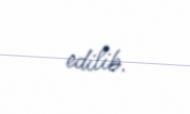
edilib.